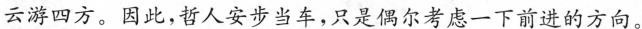
云游四方。因此，哲人安步当车，只是偶尔考虑一下前进的方向。